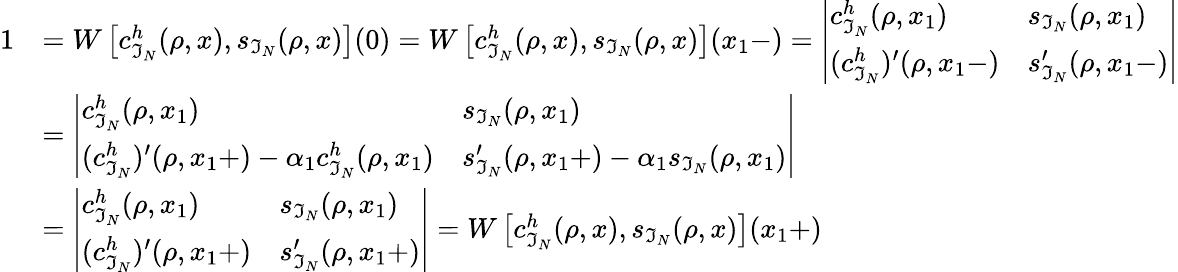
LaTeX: \begin{array}{rl}{1}&{=W\left[c_{\mathfrak{I}_{N}}^{h}(\rho,x),s_{\mathfrak{I}_{N}}(\rho,x)\right](0)=W\left[c_{\mathfrak{I}_{N}}^{h}(\rho,x),s_{\mathfrak{I}_{N}}(\rho,x)\right](x_{1}-)=\left|\begin{array}{ll}{c_{\mathfrak{I}_{N}}^{h}(\rho,x_{1})}&{s_{\mathfrak{I}_{N}}(\rho,x_{1})}\\ {(c_{\mathfrak{I}_{N}}^{h})^{\prime}(\rho,x_{1}-)}&{s_{\mathfrak{I}_{N}}^{\prime}(\rho,x_{1}-)}\end{array}\right|}\\ &{=\left|\begin{array}{ll}{c_{\mathfrak{I}_{N}}^{h}(\rho,x_{1})}&{s_{\mathfrak{I}_{N}}(\rho,x_{1})}\\ {(c_{\mathfrak{I}_{N}}^{h})^{\prime}(\rho,x_{1}+)-\alpha_{1}c_{\mathfrak{I}_{N}}^{h}(\rho,x_{1})}&{s_{\mathfrak{I}_{N}}^{\prime}(\rho,x_{1}+)-\alpha_{1}s_{\mathfrak{I}_{N}}(\rho,x_{1})}\end{array}\right|}\\ &{=\left|\begin{array}{ll}{c_{\mathfrak{I}_{N}}^{h}(\rho,x_{1})}&{s_{\mathfrak{I}_{N}}(\rho,x_{1})}\\ {(c_{\mathfrak{I}_{N}}^{h})^{\prime}(\rho,x_{1}+)}&{s_{\mathfrak{I}_{N}}^{\prime}(\rho,x_{1}+)}\end{array}\right|=W\left[c_{\mathfrak{I}_{N}}^{h}(\rho,x),s_{\mathfrak{I}_{N}}(\rho,x)\right](x_{1}+)}\end{array}